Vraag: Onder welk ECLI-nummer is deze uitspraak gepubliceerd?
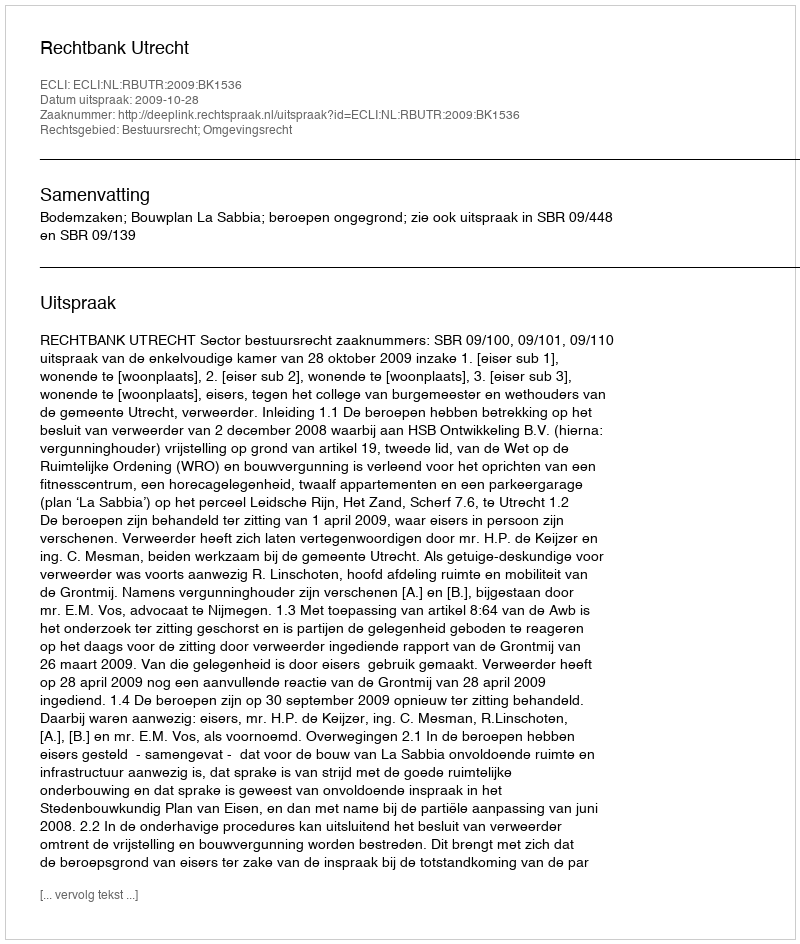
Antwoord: ECLI:NL:RBUTR:2009:BK1536